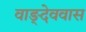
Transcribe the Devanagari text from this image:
वाङ्देववास